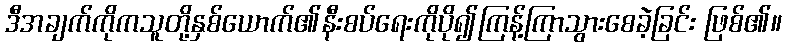
ဒီအချက်ကိုကသူတို့နှစ်ယောက်၏နီးစပ်ရေးကိုပို၍ကြန့်ကြာသွားစေခဲ့ခြင်း ဖြစ်၏။